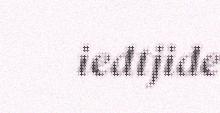
iedtjide